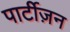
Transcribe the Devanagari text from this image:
पार्टीज़न